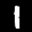
Label: 1